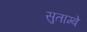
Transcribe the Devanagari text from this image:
सुताम्बे